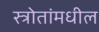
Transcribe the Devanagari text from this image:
स्त्रोतांमधील